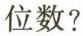
位数?